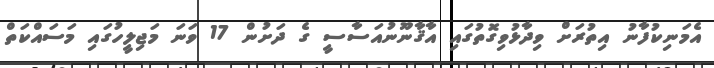
އެމަނިކުފާނު އިތުރަށް ވިދާޅުވިގޮތުގައި އާޤާނޫނުއަސާސީ ގެ ދަށުން 17 ވަނަ މަޖިލީހުގައި މަސައްކަތް